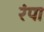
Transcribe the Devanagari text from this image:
रंपा